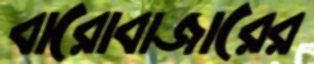
বারোবাজারের